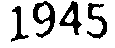
1945